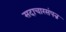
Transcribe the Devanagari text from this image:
सदाचारसंपन्न